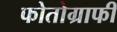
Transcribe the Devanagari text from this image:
फोतोग्राफी